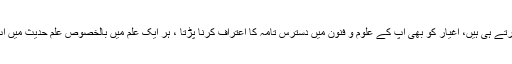
اپنے تو خراج عقیدت و محبت پیش کرتے ہی ہیں، اغیار کو بھی آپ کے علوم و فنون میں دسترس تامہ کا اعتراف کرنا پڑتا ، ہر ایک علم میں بالخصوص علم حدیث میں آپ کو انتہا درجے کا کمال حاصل تھا۔